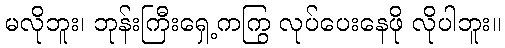
မလိုဘူး၊ ဘုန်းကြီးရှေ့ကကြွ လုပ်ပေးနေဖို လိုပါဘူး။